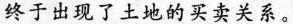
终于出现了土地的买卖关系。